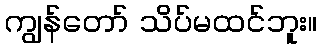
ကျွန်တော် သိပ်မထင်ဘူး။